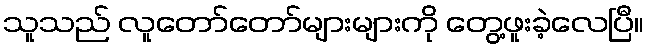
သူသည် လူတော်တော်များများကို တွေ့ဖူးခဲ့လေပြီ။